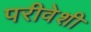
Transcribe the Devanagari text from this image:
परीवेशी